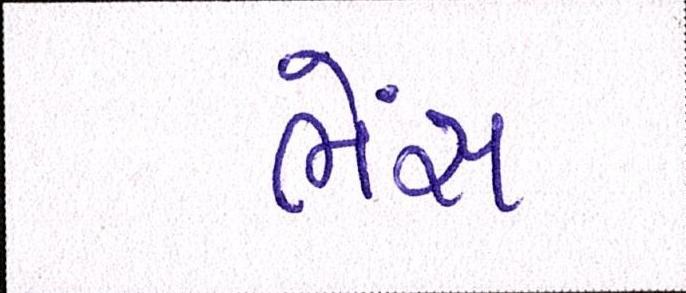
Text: ભેંસ